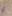
أو